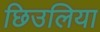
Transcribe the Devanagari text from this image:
छिउलिया